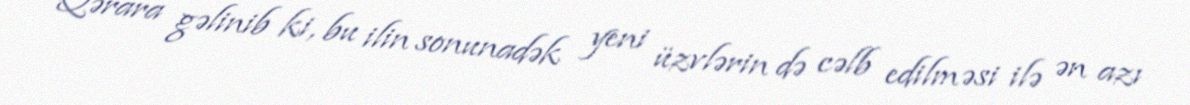
Qərara gəlinib ki, bu ilin sonunadək yeni üzvlərin də cəlb edilməsi ilə ən azı